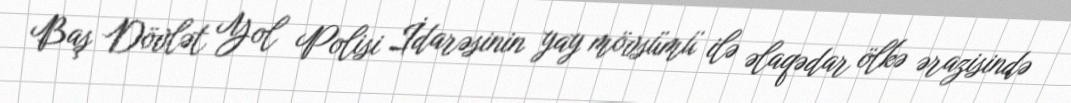
Baş Dövlət Yol Polisi İdarəsinin yay mövsümü ilə əlaqədar ölkə ərazisində